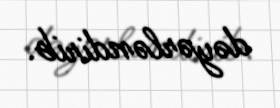
dəyərləndirib.